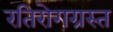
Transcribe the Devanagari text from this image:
रतिरोगग्रस्त